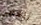
تنهضي